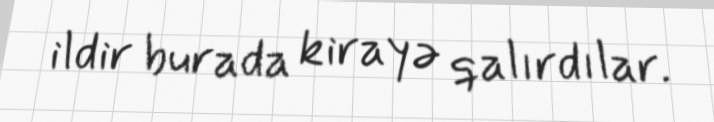
ildir burada kirayə qalırdılar.